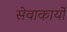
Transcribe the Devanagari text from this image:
सेवाकार्यो